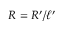
R = R ^ { \prime } / \ell ^ { \prime }